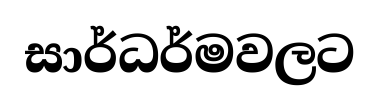
සාර්ධර්මවලට